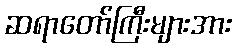
ဆရာတော်ကြီးများအား